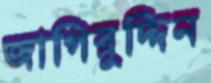
জাগিরুদ্দিন